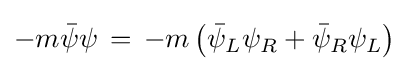
-m{\bar {\psi }}\psi \,=\,-m\left({\bar {\psi }}_{L}\psi _{R}+{\bar {\psi }}_{R}\psi _{L}\right)